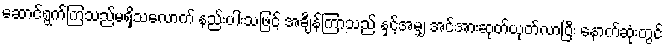
ဆောင်ရွက်ကြသည်မရှိသလောက် နည်းပါးသဖြင့် အချိန်ကြာသည် နှင့်အမျှ အင်အားဆုတ်ယုတ်လာပြီး နောက်ဆုံးတွင်